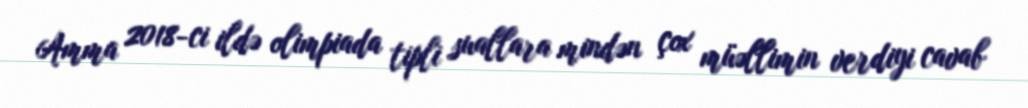
Amma 2018-ci ildə olimpiada tipli suallara mindən çox müəllimin verdiyi cavab